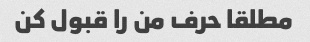
مطلقا حرف من را قبول کن